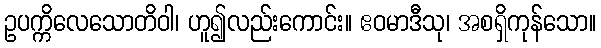
ဥပက္ကိလေသောတိဝါ၊ ဟူ၍လည်းကောင်း။ ဧဝမာဒီသု၊ အစရှိကုန်သော။